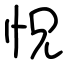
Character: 怳